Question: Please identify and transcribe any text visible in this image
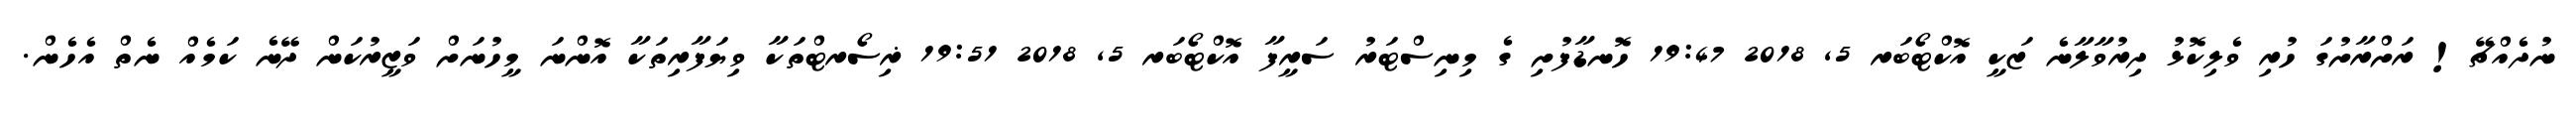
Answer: ނުދެއްޗޭ! ރަށްރާށުގަ ހުރި ވެލިކޮޅު ދިރުވާލާނެ ޒަކީ އޮކްޓޯބަރ 5, 2018 19:47 ހޮނޑާފުށި ގެ މިނިސްޓަރު ސަރީފާ އޮކްޓޯބަރ 5, 2018 19:51 ޜިސޯރޓްތަކާ ވިޔަފާރިތަކާ އޮންނަ މީހުނަށް ވަޒީރުކަން ދޭނެ ކަމެއް ނެތް އެހެން.